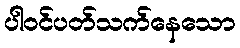
ပါဝင်ပတ်သက်နေသော